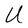
Character: U